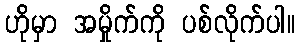
ဟိုမှာ အမှိုက်ကို ပစ်လိုက်ပါ။